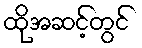
ထိုအဆင့်တွင်